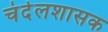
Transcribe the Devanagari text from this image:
चंदेलशासक